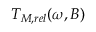
T _ { M , r e l } ( \omega , B )